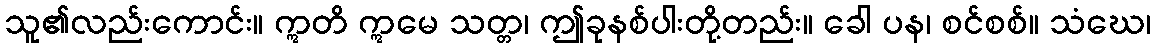
သူ၏လည်းကောင်း။ ဣတိ ဣမေ သတ္တ၊ ဤခုနစ်ပါးတို့တည်း။ ခေါ ပန၊ စင်စစ်။ သံဃေ၊